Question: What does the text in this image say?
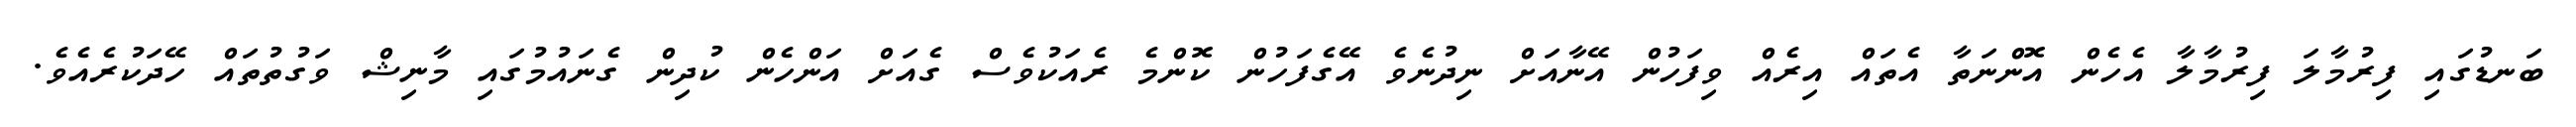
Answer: ބަނޑުގައި ފިރުމާލަ ފިރުމާލާ އެހެން އޮންނަތާ އެތައް އިރެއް ވިފަހުން އޭނާއަށް ނިދުނެވެ އޭގެފަހުން ކޮންމެ ރެއަކުވެސް ގެއަށް އަންހެން ކުދިން ގެނައުމުގައި މާނިޝް ވަގުތުތައް ހޭދަކުރެއެވެ.